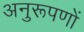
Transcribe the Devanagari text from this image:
अनुरूपणों